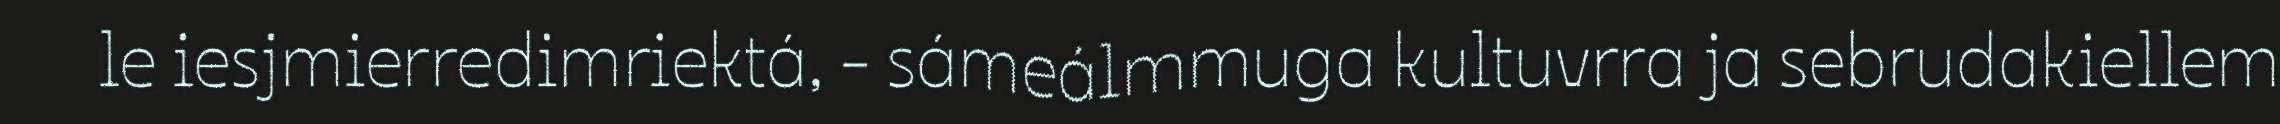
le iesjmierredimriektá, - sámeálmmuga kultuvrra ja sebrudakiellem